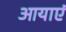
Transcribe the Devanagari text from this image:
आयाएं